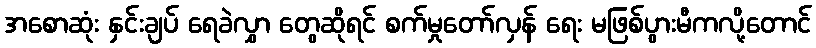
အစောဆုံး နှင်းချပ် ရေခဲလွှာ တွေဆိုရင် စက်မှုတော်လှန် ရေး မဖြစ်ပွားမီကလို့တောင်